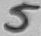
Text: 5